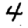
Digit: 4